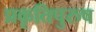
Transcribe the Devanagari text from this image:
प्रकृतिपुरुष